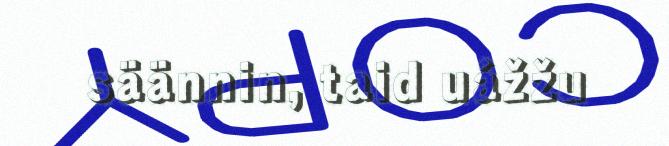
säännin, taid uážžu